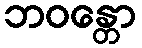
ဘဝန္တော